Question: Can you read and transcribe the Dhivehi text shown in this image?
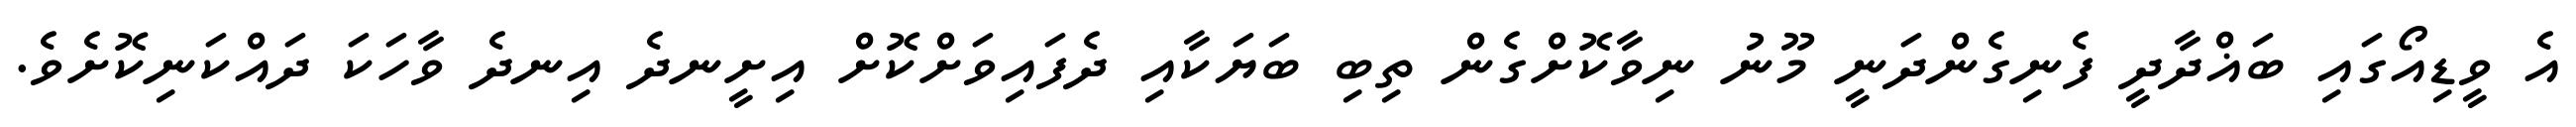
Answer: އެ ވީޑިއޯގައި ބަޣްދާދީ ފެނިގެންދަނީ މޫނު ނިވާކޮށްގެން ތިބި ބަޔަކާއި ދެފައިވަށްކޮށް އިށީނދެ އިނދެ ވާހަކަ ދައްކަނިކޮށެވެ.